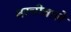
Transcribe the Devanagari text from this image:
बरचीवाले